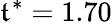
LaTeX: \mathfrak{t}^{*}=1.70